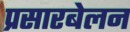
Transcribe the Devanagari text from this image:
प्रसारबेलन